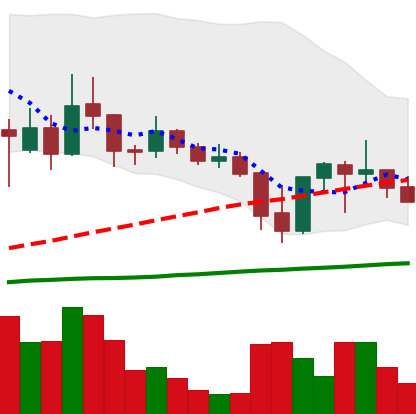
Ticker: ADA-USD
Chart end date: 2021-09-27
Forward return: 5.41%
Label: up_5_7